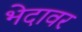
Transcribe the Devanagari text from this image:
भेदावर